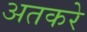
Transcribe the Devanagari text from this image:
अतकरे